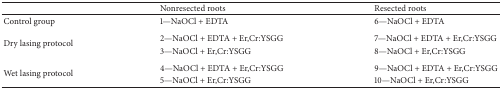
|  | Nonresected roots | Resected roots |
 | --- | --- | --- |
 | Control group | 1—NaOCl + EDTA | 6—NaOCl + EDTA |
 | <ROWSPAN=2> Dry lasing protocol | 2—NaOCl + EDTA + Er,Cr:YSGG | 7—NaOCl + EDTA + Er,Cr:YSGG |
 | 3—NaOCl + Er,Cr:YSGG | 8—NaOCl + Er,Cr:YSGG |
 | <ROWSPAN=2> Wet lasing protocol | 4—NaOCl + EDTA + Er,Cr:YSGG | 9—NaOCl + EDTA + Er,Cr:YSGG |
 | 5—NaOCl + Er,Cr:YSGG | 10—NaOCl + Er,Cr:YSGG |